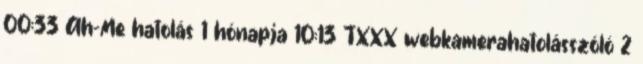
00:33 Ah-Me hatolás 1 hónapja 10:13 TXXX webkamerahatolásszóló 2